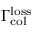
\Gamma _ { \mathrm { c o l } } ^ { \mathrm { l o s s } }